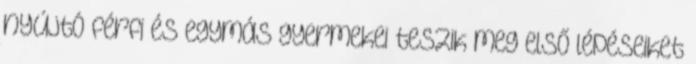
nyújtó férfi és egymás gyermekei teszik meg első lépéseiket